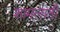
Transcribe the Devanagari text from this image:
शामलाती